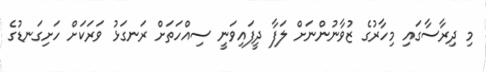
މި ދިރާސާގައި މިހާރުގެ ޒުވާނުންނަށް ލަފާ ދީފައިވަނީ ސިއްހަތަށް ރަނގަޅު ވަރަކަށް ހަށިގަނޑުގެ